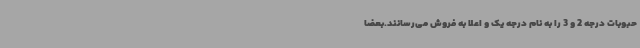
حبوبات درجه 2 و 3 را به نام درجه یک و اعلا به فروش می‌رسانند.بعضاً